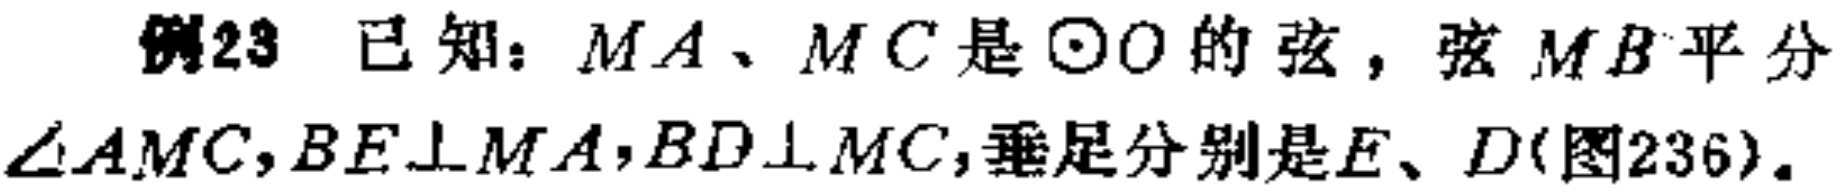
例23 已知：$MA、MC$是$\odot O$的弦，弦$MB$平分$\angle AMC,BE\perp MA,BD\perp MC,$垂足分别是$E、D$(图236)。